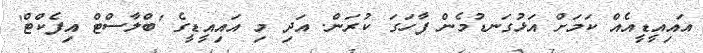
އައިއީޑީއެއް ކަމަށް އަޅުގަނޑުމެން ފާހަގަ ކުރަން. އަދި މި އައިއީޑީގެ 'ބްލާސްޓް އިފެކްޓް'